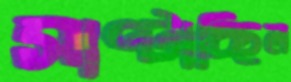
সাপ্‌টাচ্ছিল